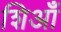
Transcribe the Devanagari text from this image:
शिआँ